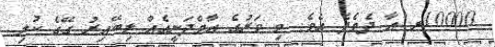
10000ރ. އާ ދެމެދެ އެވެ. މި ވަރުގެ އާމްދަނީއެއް ލިބޭއިރު ގޭގެ ކުލި